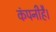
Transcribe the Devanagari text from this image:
कंपनीहै।